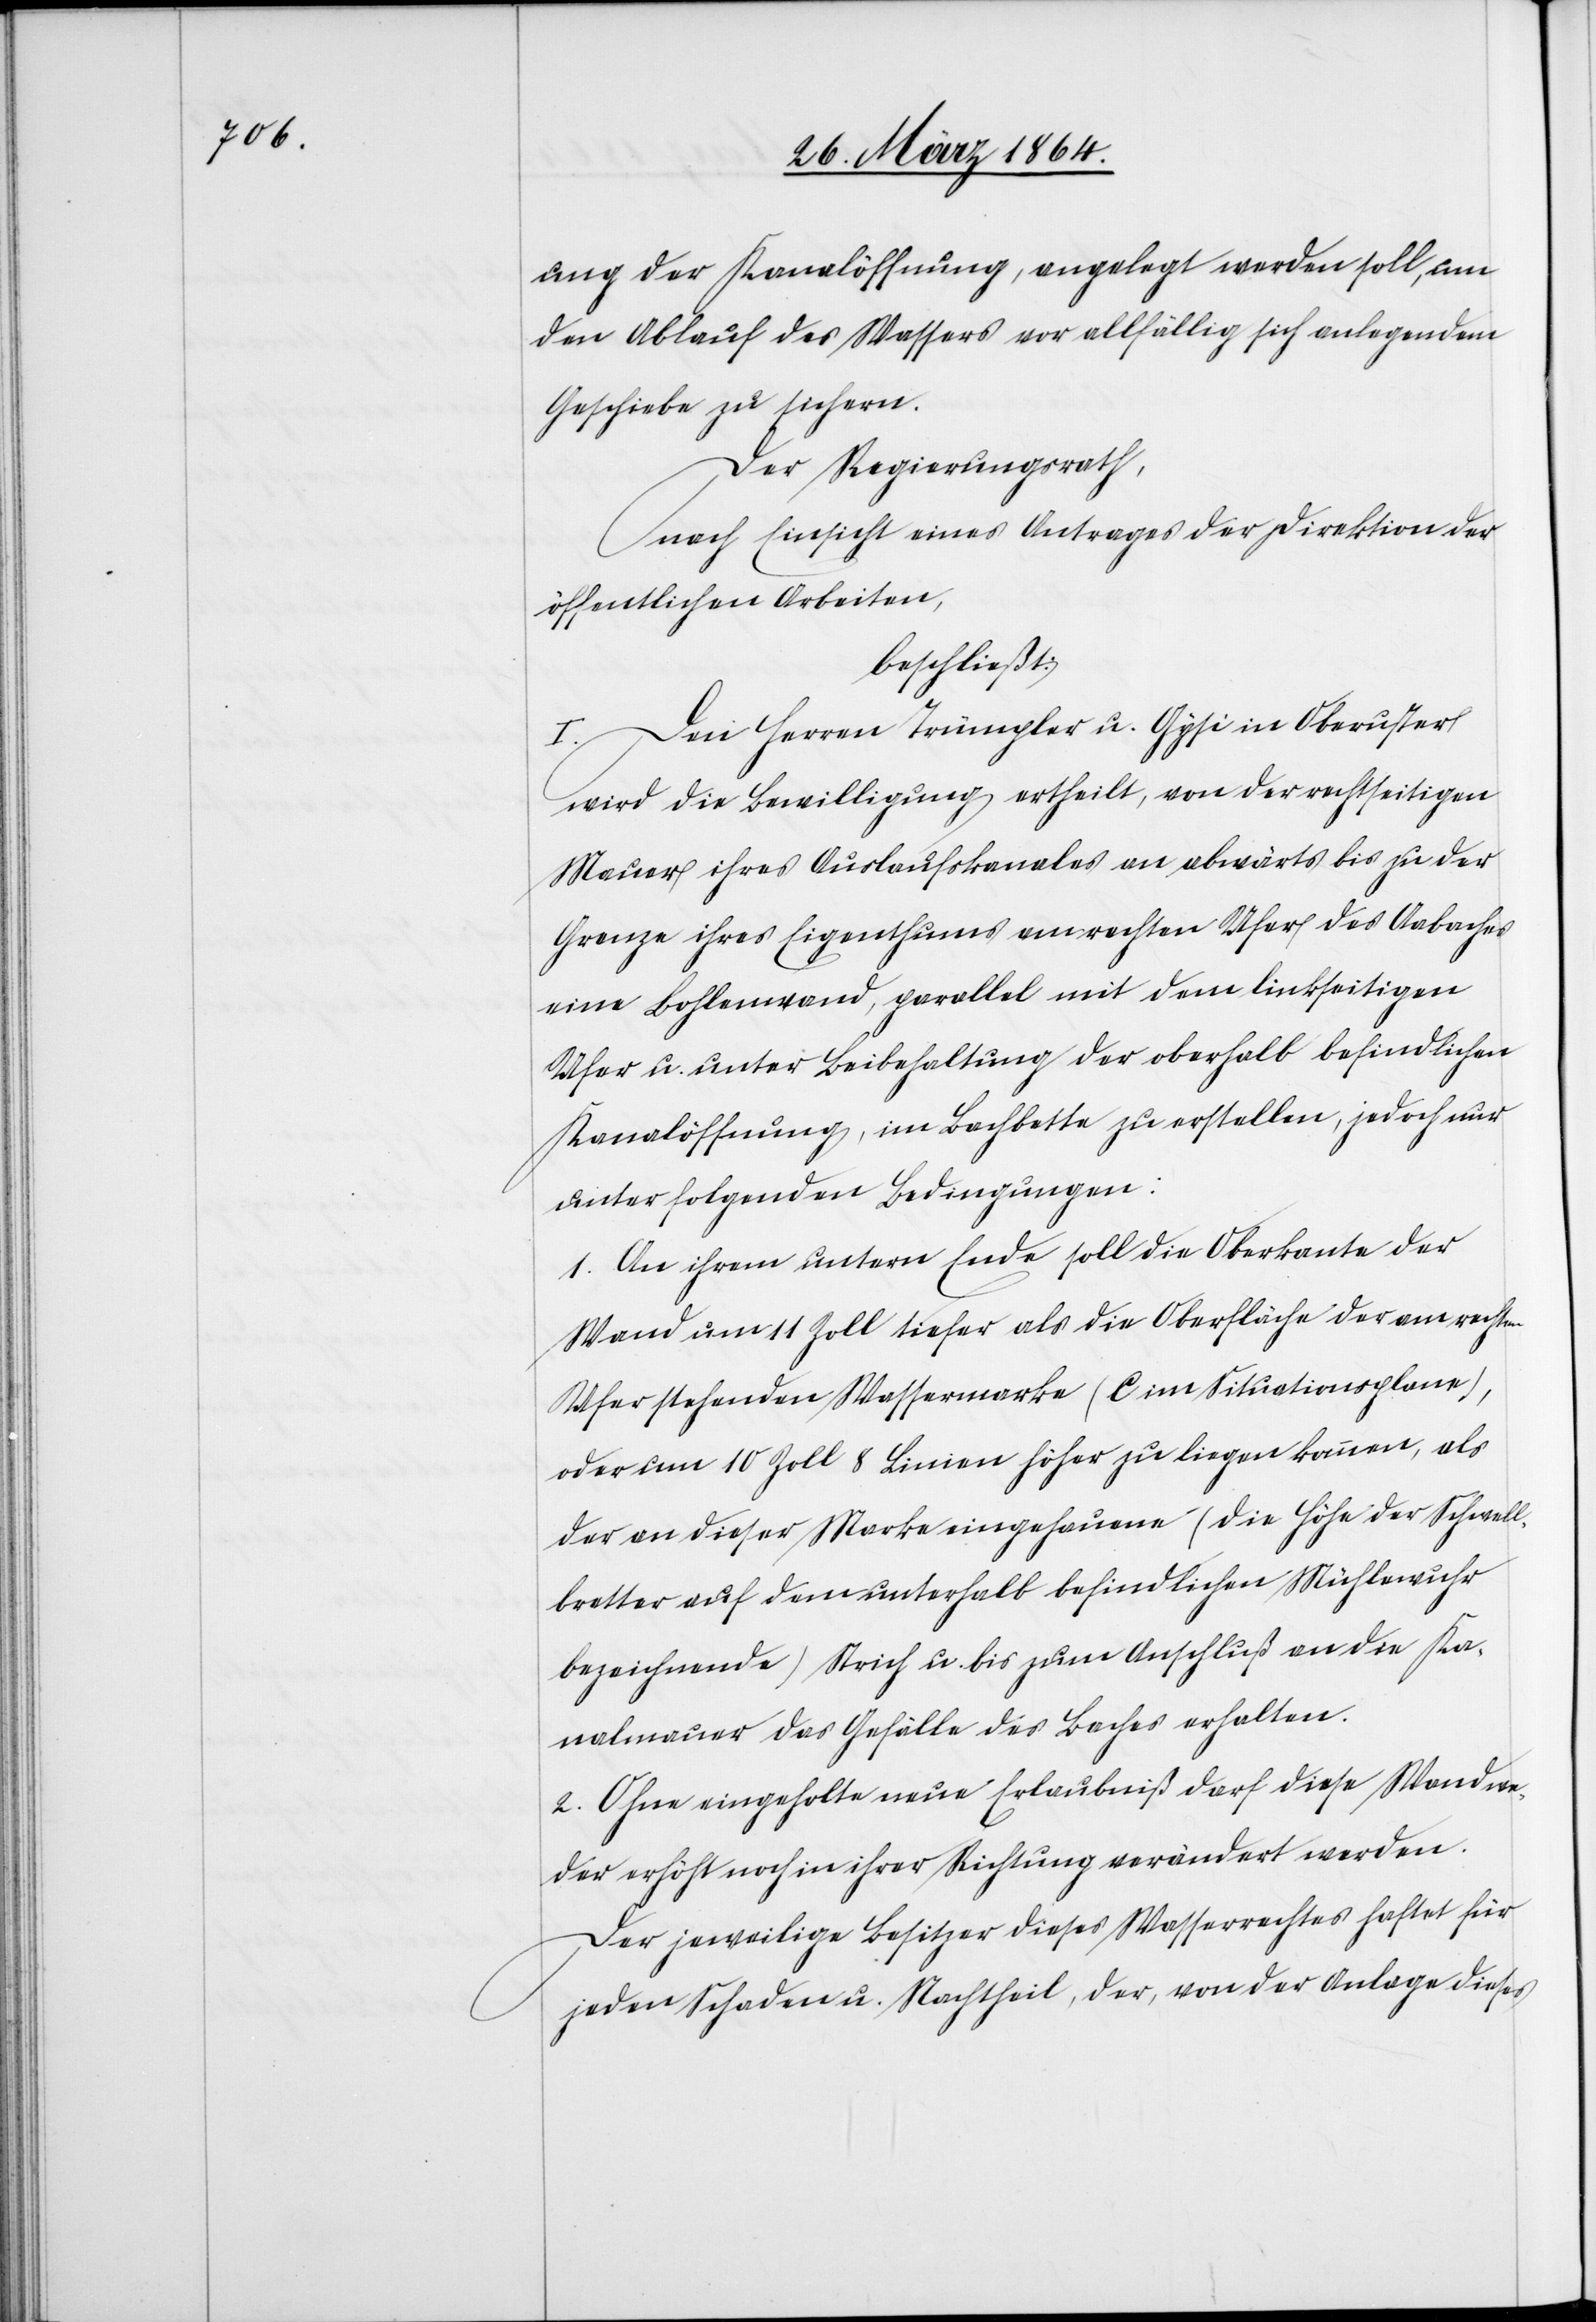
ung der Kanalöffnung, angelegt werden soll, um
den Ablauf des Wassers vor allfällig sich anlegendem
Geschiebe zu sichern.
Der Regierungsrath,
nach Einsicht eines Antrages der Direktion der
öffentlichen Arbeiten,
beschließt:
I. Den Herren Trümpler u. Gysi in Oberuster
wird die Bewilligung ertheilt, von der rechtseitigen
Mauer ihres Auslaufskanales an abwärts bis zu der
Grenze ihres Eigenthums am rechten Ufer des Aabachs
eine Bohlenwand, parallel mit dem linkseitigen
Ufer u. unter Beibehaltung der oberhalb befindlichen
Kanalöffnung, im Bachbette zu erstellen, jedoch nur
unter folgenden Bedingungen:
1. An ihrem untern Ende soll die Oberkante der
Wand um 11 Zoll tiefer als die Oberfläche der am rechten
Ufer stehenden Wassermarke (C im Situationsplane),
oder um 10 Zoll 8 Linien höher zu liegen kommen, als
der an dieser Marke eingehauene (die Höhe der Schwell¬
bretter auf dem unterhalb befindlichen Mühlenwuhr
bezeichnende) Strich u. bis zum Anschluß an die Ka¬
nalmauer das Gefälle des Baches erhalten.
2. Ohne eingeholte neue Erlaubniß darf diese Wand we¬
der erhöht noch in ihrer Richtung verändert werden.
Der jeweilige Besitzer dieses Wasserrechtes haftet für
jeden Schaden u. Nachtheil, der, von der Anlage dieser